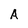
Character: A